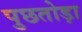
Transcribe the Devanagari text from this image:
पुछतोड़ा